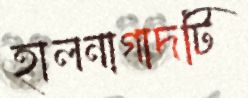
হালনাগাদটি